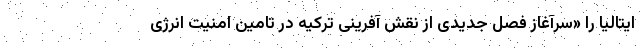
ایتالیا را «سرآغاز فصل جدیدی از نقش آفرینی ترکیه در تامین امنیت انرژی